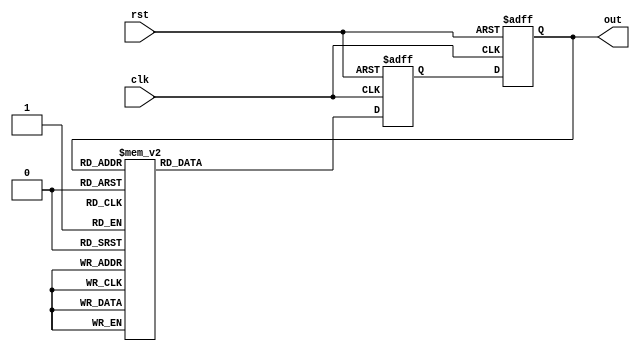
module gray_code_ring_counter (
    input clk,
    input rst,
    output reg [3:0] out
);

reg [3:0] next_state;

always @(posedge clk or posedge rst) begin
    if (rst) begin
        next_state <= 4'b0000;
    end else begin
        case (out)
            4'b0000: next_state <= 4'b0001;
            4'b0001: next_state <= 4'b0011;
            4'b0011: next_state <= 4'b0010;
            4'b0010: next_state <= 4'b0110;
            4'b0110: next_state <= 4'b0111;
            4'b0111: next_state <= 4'b0101;
            4'b0101: next_state <= 4'b0100;
            4'b0100: next_state <= 4'b1100;
            4'b1100: next_state <= 4'b1101;
            4'b1101: next_state <= 4'b1111;
            4'b1111: next_state <= 4'b1110;
            4'b1110: next_state <= 4'b1010;
            4'b1010: next_state <= 4'b1011;
            4'b1011: next_state <= 4'b1001;
            4'b1001: next_state <= 4'b1000;
            4'b1000: next_state <= 4'b0000;
            default: next_state <= 4'b0000;
        endcase
    end
end

always @(posedge clk or posedge rst) begin
    if (rst) begin
        out <= 4'b0000;
    end else begin
        out <= next_state;
    end
end

endmodule